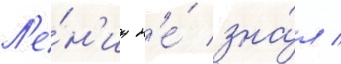
Л'е́н'ин н'е́ зна́л /